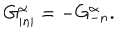
G _ { \left| n \right| } ^ { \alpha } = - G _ { - n } ^ { \alpha } .